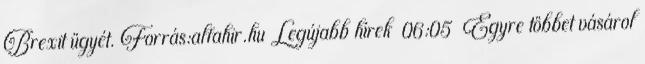
Brexit ügyét. Forrás:alfahir.hu Legújabb hírek 06:05 Egyre többet vásárol